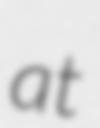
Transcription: at